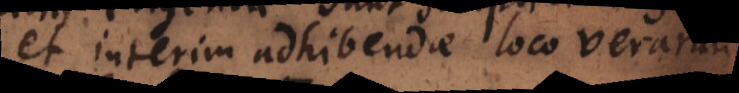
et interim adhibendae loco verarum